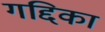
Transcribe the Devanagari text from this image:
गद्दिका